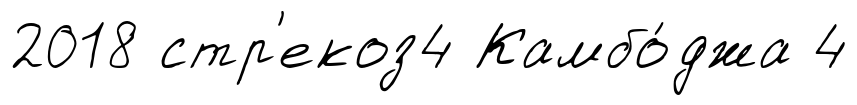
2018 стр'екоз4 Камбо́джа 4